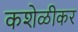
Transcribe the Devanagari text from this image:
कशेळीकर